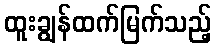
ထူးချွန်ထက်မြက်သည့်